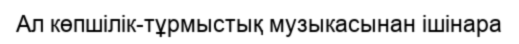
Ал көпшілік-тұрмыстық музыкасынан ішінара